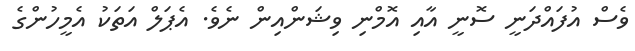
ވެސް އުފައްދަނީ ސޮނީ އާއި އޮމްނި ވިޝަންއިން ނެވެ. އެޕަލް އަތަކު އެމީހުންގެ